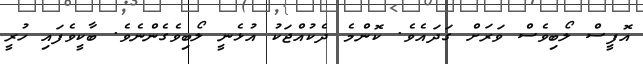
އޮފީސް ލޯބިވެސް ވަރަށް ގަދައެވެ. ކޮންމެ ދެކުއްޖަކު އުޅެނީ ލޯބިވެގެންނެވެ. ބާކީވެފައި ހުރީ